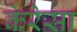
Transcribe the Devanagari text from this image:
केरेसा